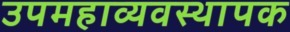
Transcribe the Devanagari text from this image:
उपमहाव्यवस्थापक